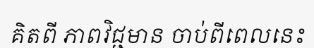
គិតពី ភាពវិជ្ជមាន ចាប់ពីពេលនេះ